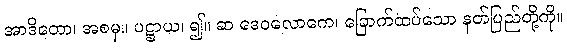
အာဒိတော၊ အစမှ။ ပဋ္ဌာယ၊ ၍။ ဆ ဒေဝလောကေ၊ ခြောက်ထပ်သော နတ်ပြည်တို့ကို။